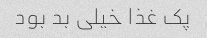
پک غذا خیلی بد بود